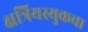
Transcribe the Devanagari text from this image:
क्षत्रियस्युकचा